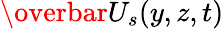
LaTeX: \overbar{U}_{s}(y,z,t)